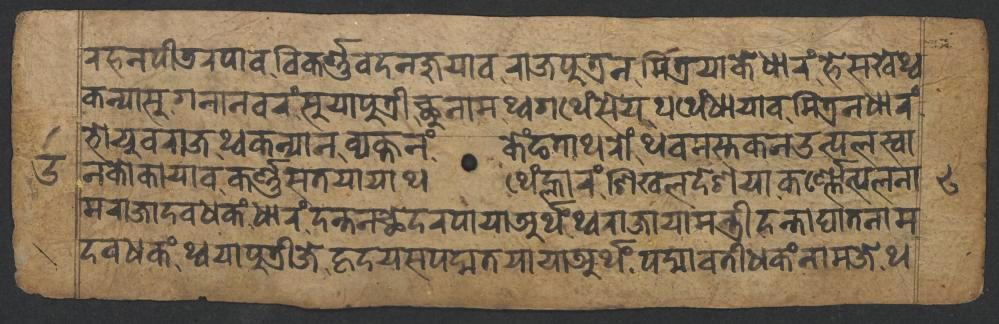
𑐬𑐴𑐣𑐥𑐷𑐜𑐬𑐥𑐵𑐰𑐰𑐶𑐎𑐬𑑂𑐞𑑂𑐞𑐰𑐡𑐣𑐖𑐸𑐫𑐵𑐰𑐬𑐵𑐖𑐥𑐸𑐟𑑂𑐬𑐣𑐩𑐶𑐟𑑂𑐬𑐫𑐵𑐎𑐾𑐢𑐵𑐬𑑄𑐴𑐾𑐳𑐏𑐾𑐠𑑂𑐰 𑐎𑐣𑑂𑐫𑐵𑐳𑐸𑐐𑐣𑐵𑐣𑐰𑐬𑑄𑐳𑐸𑐫𑐵𑐥𑐸𑐟𑑂𑐬𑐷𑐕𑐸𑐣𑐵𑐩𑐠𑑂𑐰𑐐𑐠𑐾𑑄𑐳𑐾𑐫𑐠𑐠𑐾𑑄𑐢𑐵𑐫𑐵𑐰𑐩𑐶𑐟𑑂𑐬𑐣𑐢𑐵𑐬𑑄 𑐣𑐎𑑀𑐎𑐵𑐫𑐵𑐰𑐎𑐬𑑂𑐞𑑂𑐞𑐳𑐟𑐫𑐵𑐫𑐵𑐠𑐠𑐾𑑄𑐮𑑂𑐴𑐵𑐬𑑄𑐱𑐶𑐏𑐮𑐡𑐾𑐱𑐫𑐵𑐎𑐬𑑂𑐞𑑂𑐞𑑀𑐟𑑂𑐥𑐮𑐣𑐵 𑐨𑑀𑐫𑐸𑐰𑐬𑐵𑐖𑐠𑑂𑐰𑐎𑐣𑑂𑐫𑐵𑐣𑐰𑑂𑐫𑐎𑑂𑐟𑐣𑑄𑐎𑐾𑑄𑐒𑐟𑐵𑐠𑐬𑑀𑑄𑐠𑐰𑐩𑐳𑑂𑐟𑐎𑐣𑑁𑐟𑑂𑐥𑐮𑐳𑑂𑐰𑐵 𑐩𑐬𑐵𑐖𑐵𑐡𑐰𑐢𑐎𑑄𑐢𑐵𑐬𑑄𑐡𑐣𑑂𑐟𑐣𑐕𑐾𑐡𑐬𑐥𑐵𑐫𑐵𑐀𑐬𑑂𑐠𑑄𑐠𑑂𑐰𑐬𑐵𑐖𑐵𑐫𑐵𑐩𑐣𑑂𑐟𑑂𑐬𑐷𑐡𑐣𑑂𑐟𑐵𑐑𑐵𑐟𑐣𑐵𑐩 𑐡𑐰𑐢𑐎𑑄𑐠𑑂𑐰𑐫𑐵𑐥𑐸𑐟𑑂𑐬𑐷𑐖𑐾𑐴𑐺𑐡𑐫𑐳𑐥𑐡𑑂𑐩𑐟𑐫𑐵𑐫𑐵𑐀𑐬𑑂𑐠𑑄𑐥𑐡𑑂𑐩𑐵𑐰𑐟𑐷𑐢𑐎𑑄𑐣𑐵𑐩𑐖𑐾𑐠